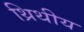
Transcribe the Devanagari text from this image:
थ्रिथीय